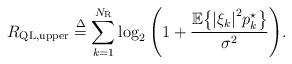
LaTeX: \begin{align*} {R_{{\rm{QL,upper}}}} \buildrel \Delta \over = \sum\limits_{k = 1}^{{N_{\rm{R}}}} {{{\log }_2}\left( 1 + \frac{{\mathbb E}{\left\{ {{{\left| {\xi _k } \right|}^2} }{p_k^\star } \right\}}}{\sigma ^2} \right)} .\end{align*}